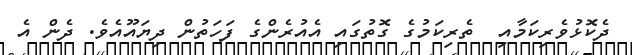
ދެކޮޅުވެރިކަމާއި  ތެރިކަމުގެ ގޮތުގައި އެއުރެންގެ ފަހަތުން ދިޔައޫއެވެ. ދެން އެ